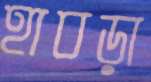
হাবড়া